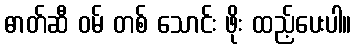
ဓာတ်ဆီ ဝမ် တစ် သောင်း ဖိုး ထည့်ပေးပါ။